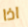
اذا